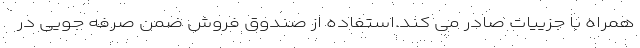
همراه با جزييات صادر می کند.استفاده از صندوق فروش ضمن صرفه جويی در